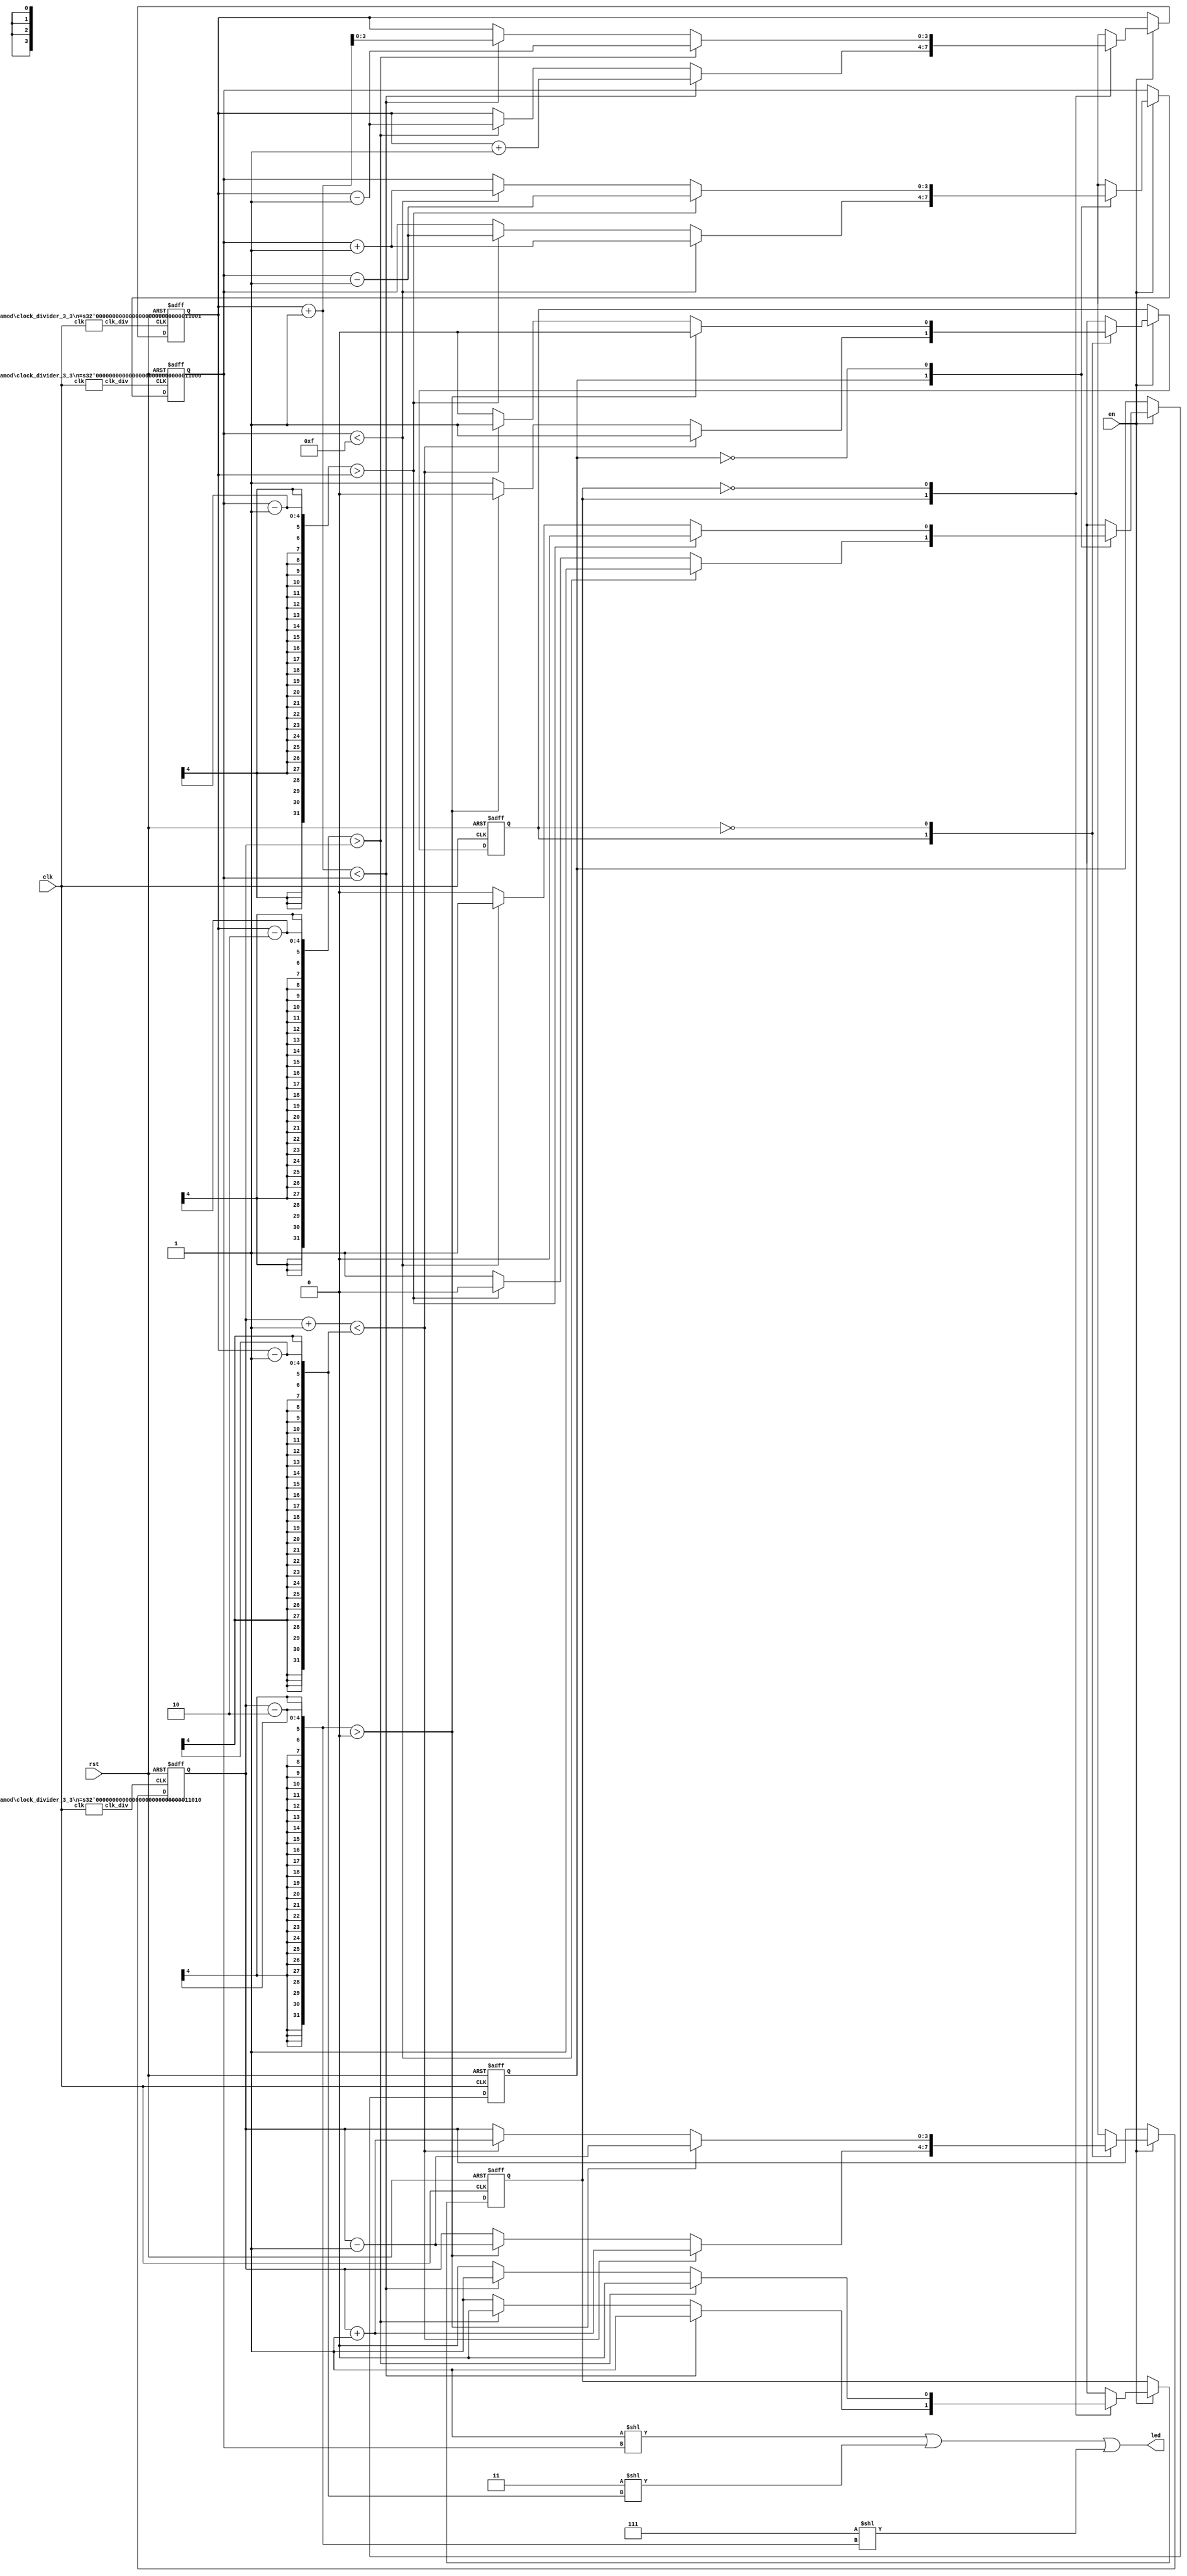
`timescale 1ns / 1ps

module lab3_3(
    input clk,
    input rst,
    input en,
    output reg [15:0] led
    );

    parameter SNAKE1_INIT = 4'd15; // snake1 initial position
    parameter SNAKE2_INIT = 4'd11;
    parameter SNAKE3_INIT = 4'd2;
    parameter LEFT = 1; // direction
    parameter RIGHT = 0;
    parameter LEFT_WALL = 4'd15; // position of left wall
    parameter RIGHT_WALL = 4'd0;

    reg [3:0] snake1_pos, next_snake1_pos; // snake1: [snake1_pos]
    reg [3:0] snake2_pos, next_snake2_pos; // snake2: [snake2_pos, snake2_pos - 1]
    reg [3:0] snake3_pos, next_snake3_pos; // snake3: [snake3_pos, snake3_pos - 2]
    reg snake1_dir, next_snake1_dir; 
    reg snake2_dir, next_snake2_dir;
    reg snake3_dir, next_snake3_dir;
	
    // speed stuff
    wire clk_div1, clk_div2, clk_div3;
	clock_divider_3_3 #(24) div1(.clk(clk), .clk_div(clk_div1)); // 6 HZ
    clock_divider_3_3 #(25) div2(.clk(clk), .clk_div(clk_div2)); // 3 HZ
    clock_divider_3_3 #(26) div3(.clk(clk), .clk_div(clk_div3)); // 1.5 HZ

    // LED combination logic
    always @(*) begin
        led = (16'b1 << snake1_pos) | (16'b11 << (snake2_pos - 1)) | (16'b111 << (snake3_pos - 2));
    end
    
    // DISCUSSION 2 TEST
    always @(posedge clk or posedge rst) begin
        if(rst == 1'b1) begin
            snake1_dir <= RIGHT;
            snake2_dir <= RIGHT;
            snake3_dir <= LEFT;
        end else if (en == 1'b1) begin
            snake1_dir <= next_snake1_dir;
            snake2_dir <= next_snake2_dir;
            snake3_dir <= next_snake3_dir;
        end
    end

    // state update: snake1
    always @(posedge clk_div1 or posedge rst) begin
        if(rst == 1'b1) begin
            snake1_pos <= SNAKE1_INIT;
            // snake1_dir <= RIGHT;
        end else if (en == 1'b1) begin
            snake1_pos <= next_snake1_pos;
            // snake1_dir <= next_snake1_dir;
        end
    end

    // state update: snake2
    always @(posedge clk_div2 or posedge rst) begin
        if(rst == 1'b1) begin
            snake2_pos <= SNAKE2_INIT;
            // snake2_dir <= RIGHT;
        end else if (en == 1'b1) begin
            snake2_pos <= next_snake2_pos;
            // snake2_dir <= next_snake2_dir;
        end
    end

    // state update: snake3
    always @(posedge clk_div3 or posedge rst) begin
        if(rst == 1'b1) begin
            snake3_pos <= SNAKE3_INIT;
            // snake3_dir <= LEFT;
        end else if (en == 1'b1) begin
            snake3_pos <= next_snake3_pos;
            // snake3_dir <= next_snake3_dir;
        end
    end

    // SNAKE next state combinational logic (all 3 snakes together)
    always @(*) begin
        // default value
        next_snake1_pos = snake1_pos;
        next_snake1_dir = snake1_dir;
        next_snake2_pos = snake2_pos;
        next_snake2_dir = snake2_dir;
        next_snake3_pos = snake3_pos;
        next_snake3_dir = snake3_dir;

        // snake1 next state
        case (snake1_dir)
            LEFT: begin
                // check if left side is walkable
                if (snake1_pos < LEFT_WALL) begin
                    next_snake1_pos = snake1_pos + 1'b1;
                end
                // else, check if right side is walkable
                else if (snake1_pos - 1 > snake2_pos) begin
                    next_snake1_pos = snake1_pos - 1'b1;
                    next_snake1_dir = RIGHT;
                end
                // else, both left & right sides are not walkable, so stay still, and remain direction
            end
            RIGHT: begin
                // check if right side is walkable
                if (snake1_pos - 1 > snake2_pos) begin
                    next_snake1_pos = snake1_pos - 1'b1;
                end
                // else, check if left side is walkable
                else if (snake1_pos < LEFT_WALL) begin
                    next_snake1_pos = snake1_pos + 1'b1;
                    next_snake1_dir = LEFT;
                end
                // else, both right & left sides are not walkable, so stay still, and remain direction
            end
        endcase

        // snake2 next state
        case (snake2_dir)
            LEFT: begin
                // check if left side is walkable
                if (snake2_pos + 1 < snake1_pos) begin
                    next_snake2_pos = snake2_pos + 1'b1;
                end
                // else, check if right side is walkable
                else if (snake2_pos - 2 > snake3_pos) begin
                    next_snake2_pos = snake2_pos - 1'b1;
                    next_snake2_dir = RIGHT;
                end
                // else, both left & right sides are not walkable, so stay still, and remain direction
            end
            RIGHT: begin
                // check if right side is walkable
                if (snake2_pos - 2 > snake3_pos) begin
                    next_snake2_pos = snake2_pos - 1'b1;
                end
                // else, check if left side is walkable
                else if (snake2_pos + 1 < snake1_pos) begin
                    next_snake2_pos = snake2_pos + 1;
                    next_snake2_dir = LEFT;
                end
                // else, both right & left sides are not walkable, so stay still, and remain direction
            end
        endcase

        // snake3 next state
        case (snake3_dir)
            LEFT: begin
                // check if left side is walkable
                if (snake3_pos + 1 < snake2_pos - 1) begin
                    next_snake3_pos = snake3_pos + 1'b1;
                end
                // else, check if right side is walkable
                else if (snake3_pos - 2 > RIGHT_WALL) begin
                    next_snake3_pos = snake3_pos - 1'b1;
                    next_snake3_dir = RIGHT;
                end
                // else, both left & right sides are not walkable, so stay still, and remain direction
            end
            RIGHT: begin
                // check if right side is walkable
                if (snake3_pos - 2 > RIGHT_WALL) begin
                    next_snake3_pos = snake3_pos - 1'b1;
                end
                // else, check if left side is walkable
                else if (snake3_pos + 1 < snake2_pos - 1) begin
                    next_snake3_pos = snake3_pos + 1'b1;
                    next_snake3_dir = LEFT;
                end
                // else, both right & left sides are not walkable, so stay still, and remain direction
            end
        endcase
    end
endmodule

module clock_divider_3_3 
    #(parameter n = 25)
    (input clk, output clk_div);

    reg [n - 1:0] counter = 0;
    wire [n - 1:0] next_counter; 

    always @(posedge clk) begin
        counter <= next_counter;
    end

    assign next_counter = counter + 1;
    assign clk_div = counter[n - 1];
endmodule